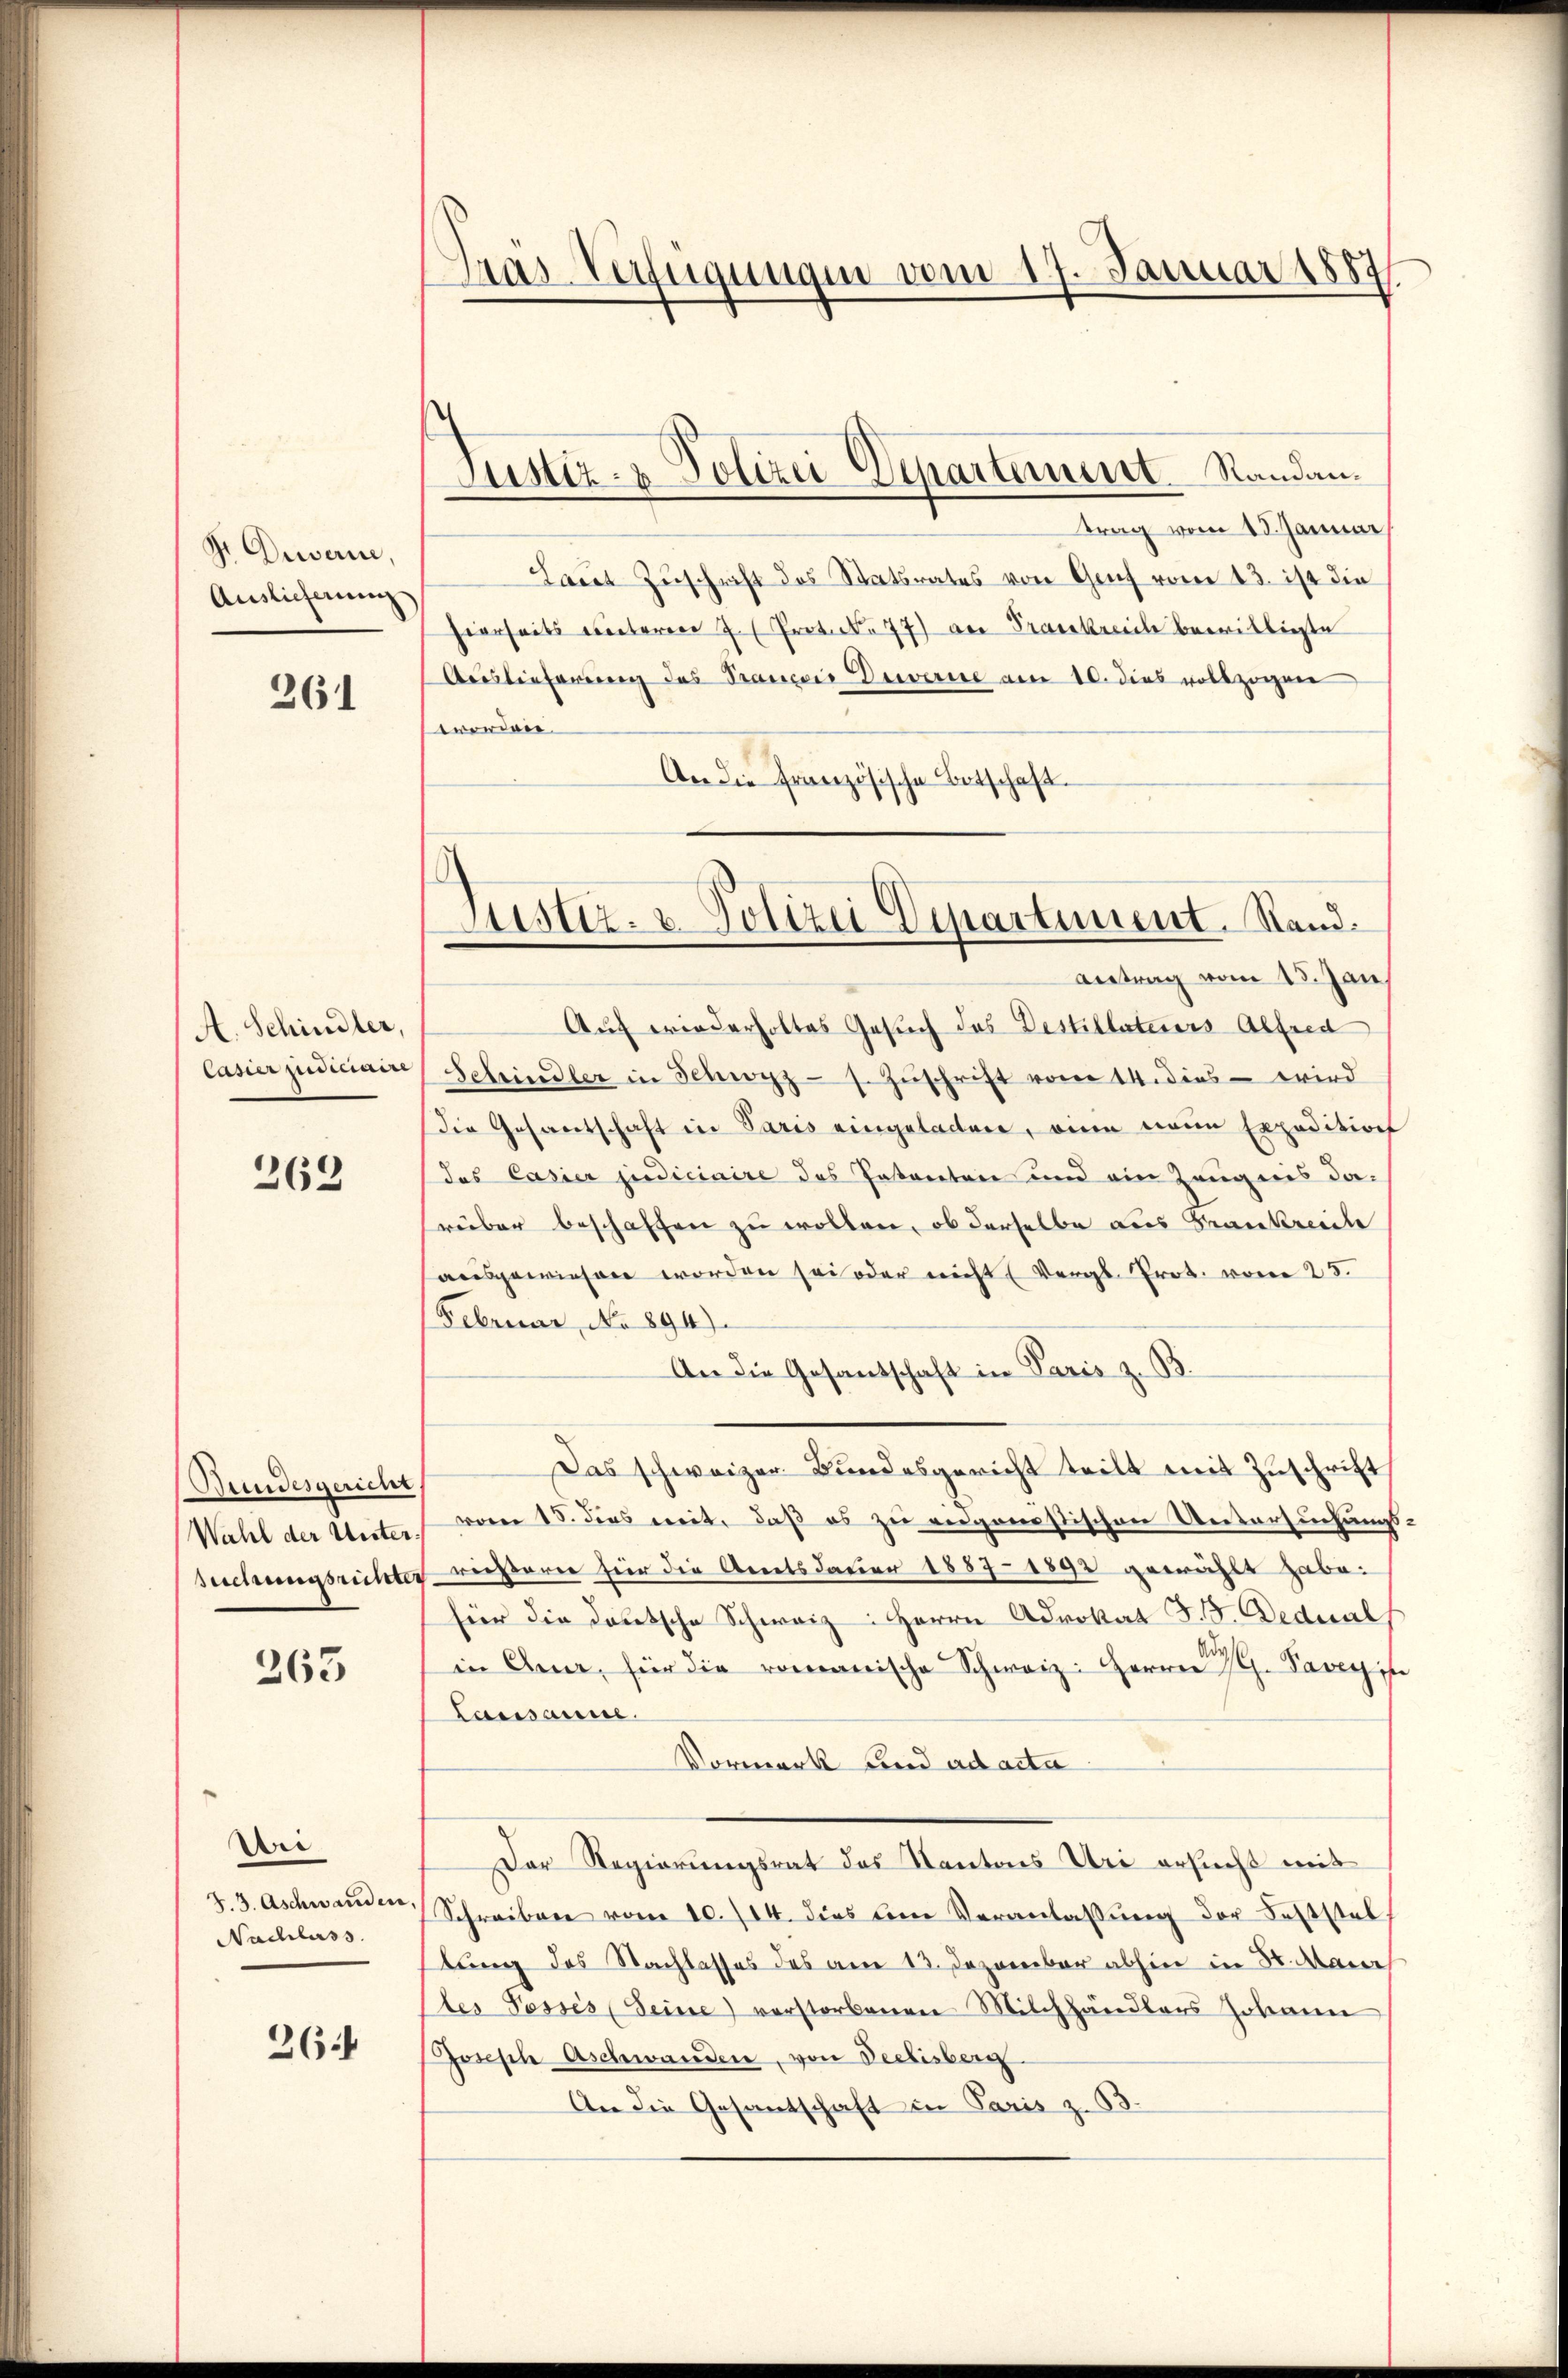
Dr. Diwerin,
Auslieferung

261

A. Schindler,
Casier judiciaire

262

Bundesgericht,
Wahl der Unter¬
Bechungsrichte

263

Arre
d. 3. Aschwanden,
Nachlass

26

Tras-Verfügungen vom 17. Januar 1887

Justiz- & Polizei Departement. Randan¬

Justiz- & Polizei Departement. Stand.
antrag vom 15. Jan

trag vom 13. Januar
Laut Zuschrift des Statsrates von Graf vom 13. ist die
hierseits unteren J. Protoko 77) an Frankreich bewilligte
Auslieferung des Prancois Decerie am 10. dies vollzogen
eworden.
An die französische Bitschaft.

Auf wiederholtes Gesuch das Destillateiers Alfred
Schindler in Schwyz s. Zuschrift vom 14. dies - wird
Die Gesantschaft in Paris eingeladen, wenn neue Expedition
das Casier judicinire das Patenten und ein Zeugnis da-
rüber beschaffen zu wollen, ob derselbe aus Krankreide
ausgewiesen worden sei oder nicht (Vergl. Prot. vom 25.
Februar, No 894)
An die Gesandschaft in Paris z. B.
Das schweizer Bundesgericht teilt mit Zuschrift
vom 15. dies mit, daß es zu engonostischen Untersuchungs-
drießerer für die Arnets dauer 1887 - 1892 gewählt habe.
hier die dortsche Schweiz: Herrn Advokat J. J. Dedical,
in Ana, für die romanische Schweiz: Herrn M. Pavey in
Lausanne
Vormerk und ad acta
Der Regierungsrat des Kantons Uri ersucht mit
Schreiben vom 10. 114. dies die Veranlassung der Feststellung des Nachlasses des am 13. Dezember abhin in 3. Man
Des Posses (Seine verstorbenen Milchhändlers Johann
Joseph Aschwanden, von Seelisberg
An die Gesantschaft in Paris z. B.